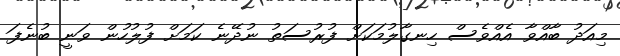
މިއަދު ބާއްވާ އެއްވެސް ހިނގާލުމަކަށް ފުރުސަތު ނުދޭނެ ކަމަށް ފުލުހުން ވަނީ ބުނެފަ